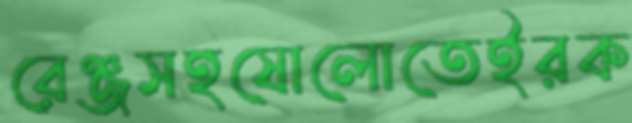
রেঞ্জসহষোলোতেইরক